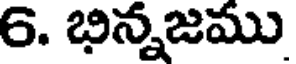
6. భిన్నజము